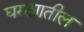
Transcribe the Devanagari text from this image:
घरट्यातील